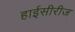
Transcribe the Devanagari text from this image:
हाईसीरीज